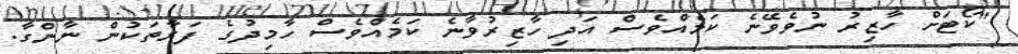
"ކޯޓަށް ހާޒިރު ނުވެވޭނެ ކަމެއްވެސް އަދި ހާޒިރުވާނެ ކަމެއްވެސް ހާމިދުގެ ފަރާތަކުން ނާންގާ.